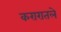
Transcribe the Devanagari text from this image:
करारातले